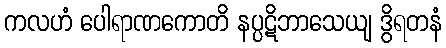
ကလဟံ ပေါရာဏကောတိ နပ္ပဋိဘာသေယျ ဒွိရတနံ